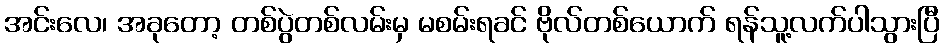
အင်းလေ၊ အခုတော့ တစ်ပွဲတစ်လမ်းမှ မစမ်းရခင် ဗိုလ်တစ်ယောက် ရန်သူ့လက်ပါသွားပြီ